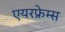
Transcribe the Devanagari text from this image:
एयरफ्रेम्स